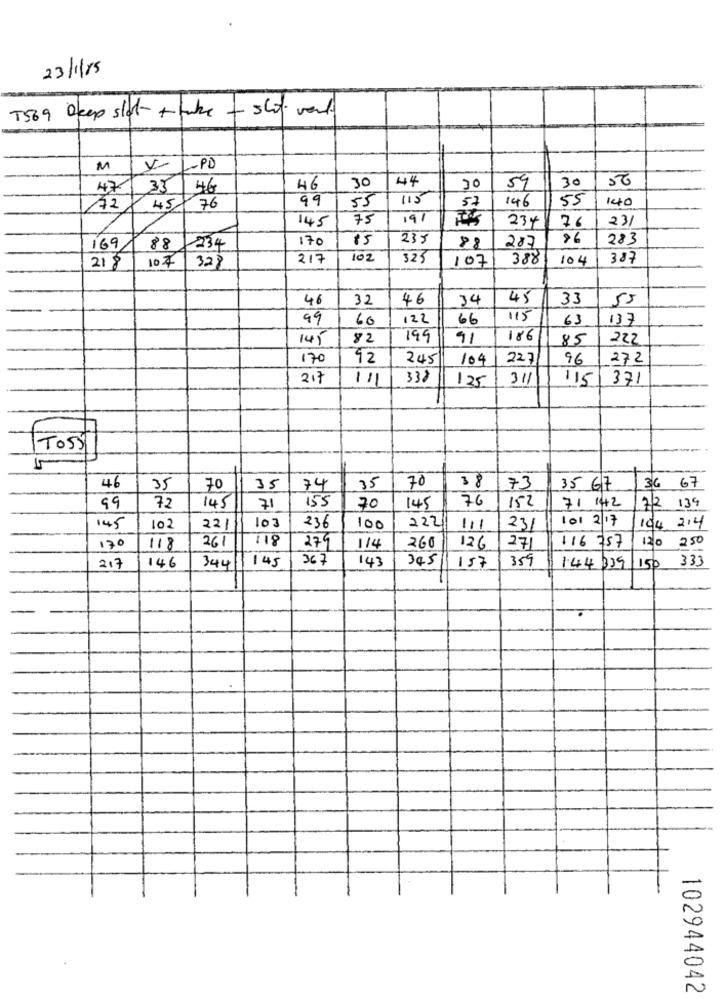
23/1/25
T569 Deep slot + fake + sli vers
M
-PD
44
30
50
47
35
46
46
30
30
59
99
53
57
146
55
140
72
45
76
145
75
19/
234
76
23
170
85
235
86
283
169
88
234
88
287
107
328
217
102
325
107
388
104
387
218
46
32
46
34
45
33
55
99
60
122
66
115
63
137
145
82
199
91
186
85
222
170
12
245
104
227
96
272
217
111
338
125
311
115
371
TO5]
15
46
35
70
35
74
.35
70
38
73
35 67
36 67
155
76
152
71 142
99
72
145
71
70
145
7/2 139
236
101 2/17
145
10:
221
103
100
222
111
231
104 214
26
118
279
116 757
120 250
170
118
114
260
126
271
344/1145
367
143
345
359
144 339 150 333
217
146
157
102944042